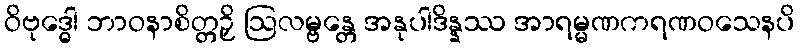
ဝိဗုဒ္ဓေါ ဘာဝနာစိတ္တဉှိ ဩလမ္ဗန္တေ အနုပါဒိန္နဿ အာရမ္မဏကရဏဝသေနပိ